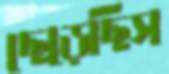
ছেড়েছিস